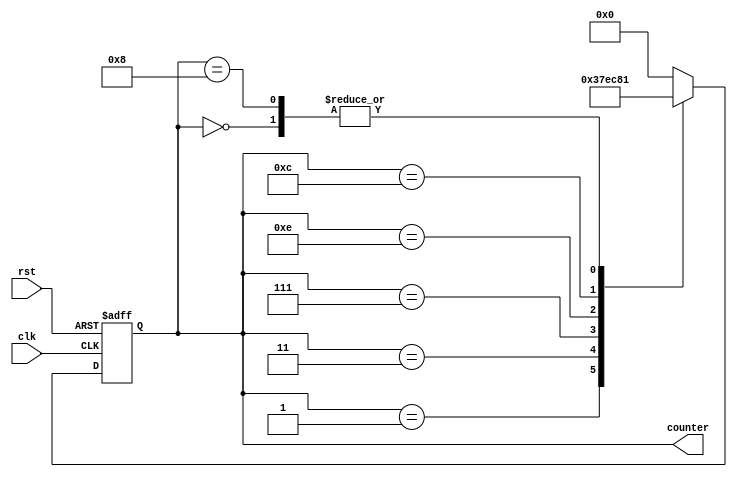
module johnson_gray_counter(
    input clk,
    input rst,
    output reg [3:0] counter
);

always @(posedge clk or posedge rst)
begin
    if (rst)
        counter <= 4'b0000;
    else
        case(counter)
            4'b0000: counter <= 4'b0001;
            4'b0001: counter <= 4'b0011;
            4'b0011: counter <= 4'b0111;
            4'b0111: counter <= 4'b1110;
            4'b1110: counter <= 4'b1100;
            4'b1100: counter <= 4'b1000;
            4'b1000: counter <= 4'b0001;
            default: counter <= 4'b0000;
        endcase
end

endmodule